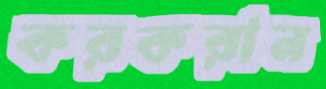
করকরান